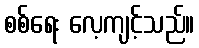
စစ်ရေး လေ့ကျင့်သည်။